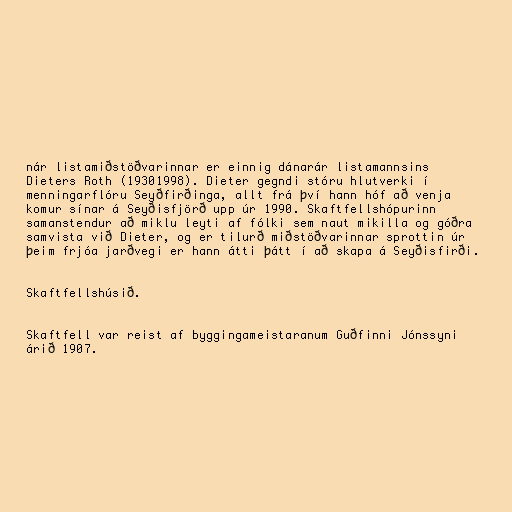
nár listamiðstöðvarinnar er einnig dánarár listamannsins
Dieters Roth (19301998). Dieter gegndi stóru hlutverki í
menningarflóru Seyðfirðinga, allt frá því hann hóf að venja
komur sínar á Seyðisfjörð upp úr 1990. Skaftfellshópurinn
samanstendur að miklu leyti af fólki sem naut mikilla og góðra
samvista við Dieter, og er tilurð miðstöðvarinnar sprottin úr
þeim frjóa jarðvegi er hann átti þátt í að skapa á Seyðisfirði.

Skaftfellshúsið.

Skaftfell var reist af byggingameistaranum Guðfinni Jónssyni
árið 1907.